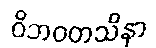
ဝိဘဝတသိနာ